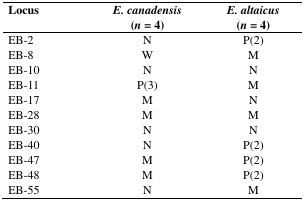
<table><thead><tr><td><b>Locus</b></td><td><b><i>E. canadensis</i> (<i>n</i> = 4)</b></td><td><b><i>E. altaicus</i> (<i>n</i> = 4)</b></td></tr></thead><tbody><tr><td>EB-2</td><td>N</td><td>P(2)</td></tr><tr><td>EB-8</td><td>W</td><td>M</td></tr><tr><td>EB-10</td><td>N</td><td>N</td></tr><tr><td>EB-11</td><td>P(3)</td><td>M</td></tr><tr><td>EB-17</td><td>M</td><td>N</td></tr><tr><td>EB-28</td><td>M</td><td>M</td></tr><tr><td>EB-30</td><td>N</td><td>N</td></tr><tr><td>EB-40</td><td>N</td><td>P(2)</td></tr><tr><td>EB-47</td><td>M</td><td>P(2)</td></tr><tr><td>EB-48</td><td>M</td><td>P(2)</td></tr><tr><td>EB-55</td><td>N</td><td>M</td></tr></tbody></table>